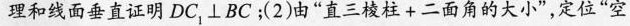
理和线面垂直证明DC_{1}⊥BC；(2)由”直三棱柱+二面角的大小”，定位”空